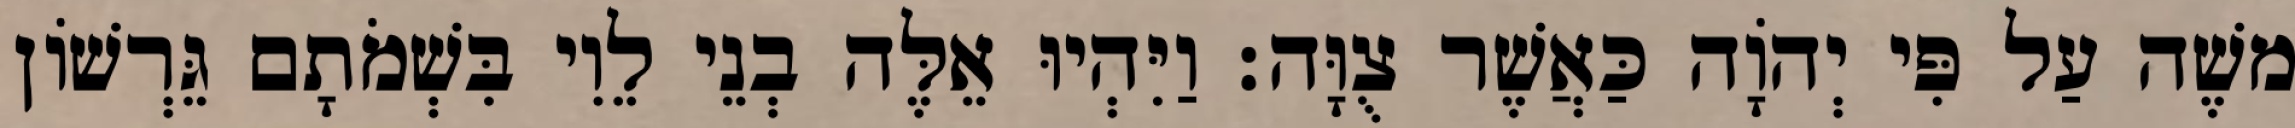
משֶׁה עַל פִּי יְהוָֹה כַּאֲשֶׁר צֻוָּה׃ וַיִּהְיוּ אֵלֶּה בְנֵי לֵוִי בִּשְׁמֹתָם גֵּרְשׁוֹן